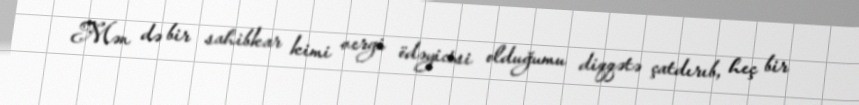
Mən də bir sahibkar kimi vergi ödəyicisi olduğumu diqqətə çatdırıb, heç bir